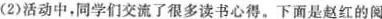
(2)活动中，同学们交流了很多读书心得。下面是赵红的阅